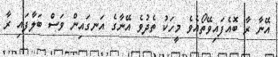
އޭނާ ރާ ބޮއެފައިވޭތޯއެވެ މީހަކު ތެދުވެ އޭނާގެ އަނގައިން ވަސް ބަލާފައި ރާ